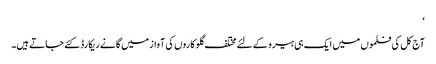
‘
آج کل کی فلموں میں ایک ہی ہیرو کے لئے مختلف گلوکاروں کی آواز میں گانے ریکارڈ کئے جاتے ہیں۔